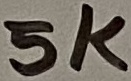
Text: 5k